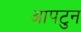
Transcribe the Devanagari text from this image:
आपटुन